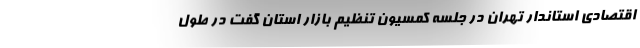
اقتصادی استاندار تهران در جلسه کمسیون تنظیم بازار استان گفت در طول